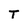
Character: T